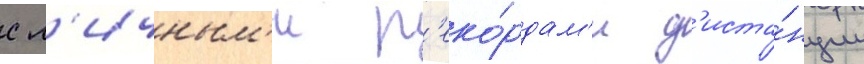
с л'ичным'и р'еко́рдам'и д'иста́нции